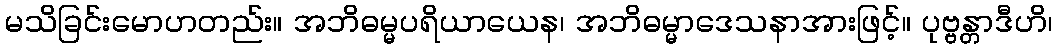
မသိခြင်းမောဟတည်း။ အဘိဓမ္မပရိယာယေန၊ အဘိဓမ္မာဒေသနာအားဖြင့်။ ပုဗ္ဗန္တာဒီဟိ၊